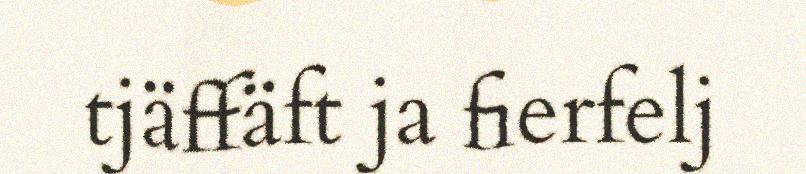
tjäffäft ja fierfelj